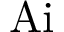
\mathrm { A i }